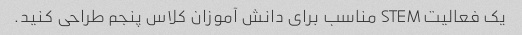
یک فعالیت STEM مناسب برای دانش آموزان کلاس پنجم طراحی کنید.